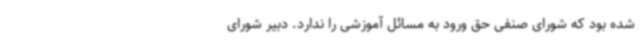
شده بود که شورای صنفی حق ورود به مسائل آموزشی را ندارد. دبیر شورای